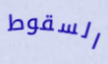
السقوط